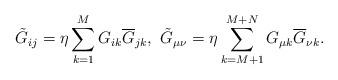
LaTeX: \begin{align*} \tilde{G}_{ij}=\eta\sum_{k=1}^M G_{ik} \overline{G}_{jk}, \ \tilde{G}_{\mu \nu}=\eta \sum_{k=M+1}^{M+N} G_{\mu k} \overline{G}_{\nu k}.\end{align*}